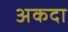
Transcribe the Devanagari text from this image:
अकदा